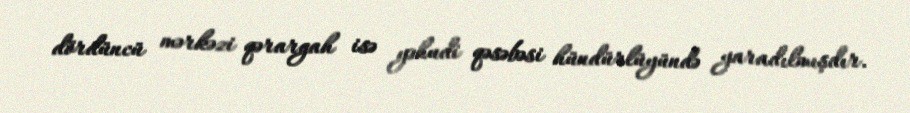
dördüncü mərkəzi qərargah isə yəhudi qəsəbəsi hündürlüyündə yaradılmışdır.